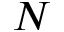
N